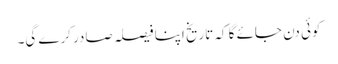
کوئی دن جائے گا کہ تاریخ اپنا فیصلہ صادر کرے گی۔